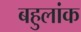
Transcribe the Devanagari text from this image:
बहुलांक